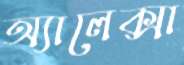
অ্যালেক্সা